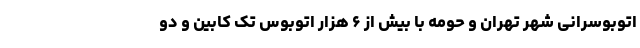
اتوبوسرانی شهر تهران و حومه با بیش از ۶ هزار اتوبوس تک کابین و دو